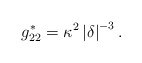
\begin{align*}g_{22}^{\ast}=\kappa^{2}\left \vert \delta \right \vert ^{-3}. \end{align*}